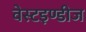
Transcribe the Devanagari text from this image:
वेस्टइण्डीज